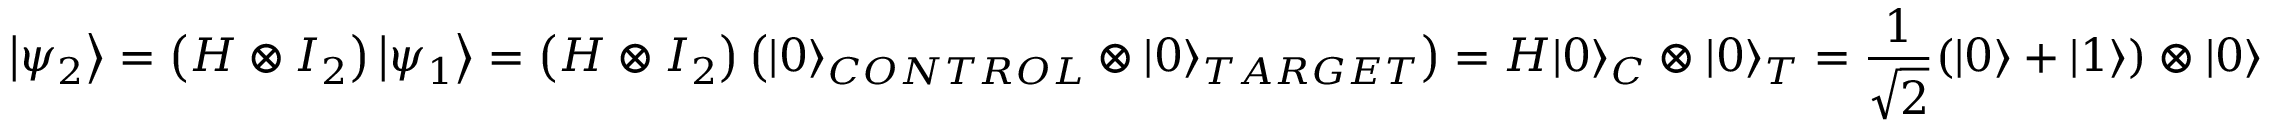
\left| \psi _ { 2 } \right\rangle = \left( H \otimes I _ { 2 } \right) \left| \psi _ { 1 } \right\rangle = \left( H \otimes I _ { 2 } \right) \left( | 0 \rangle _ { C O N T R O L } \otimes | 0 \rangle _ { T A R G E T } \right) = H | 0 \rangle _ { C } \otimes | 0 \rangle _ { T } = \frac { 1 } { \sqrt { 2 } } ( | 0 \rangle + | 1 \rangle ) \otimes | 0 \rangle